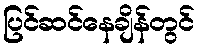
ပြင်ဆင်နေချိန်တွင်